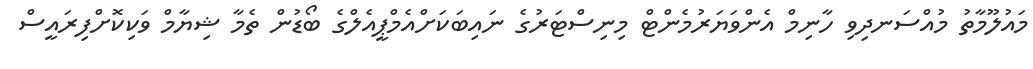
މައުލޫމާތު މުއްސަނދިވި ހާނިމް އެންވަޔަރުމެންޓް މިނިސްޓަރުގެ ނައިބަކަށްއެމްޕީއެލްގެ ބޯޑުން ތެމާ ޝިޔާމް ވަކިކޮށްފިރައީސް